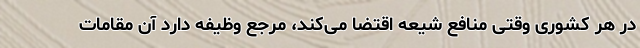
در هر کشوری وقتی منافع شیعه اقتضا می‌کند، مرجع وظیفه دارد آن مقامات